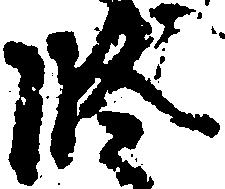
修